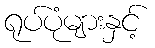
ရုပ်ပုံများနှင့်